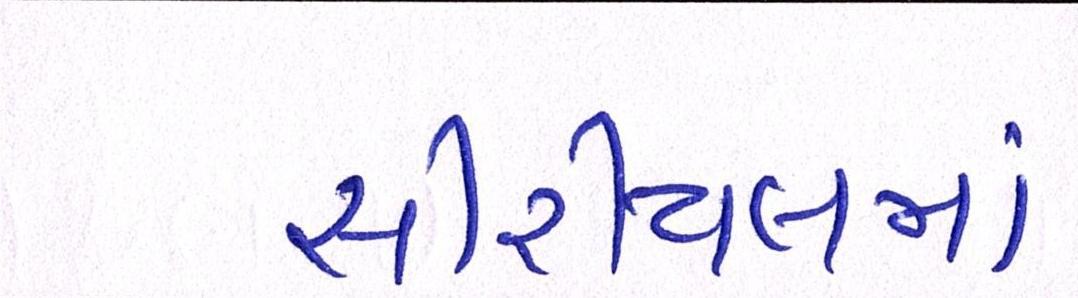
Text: સીરીયલમાં